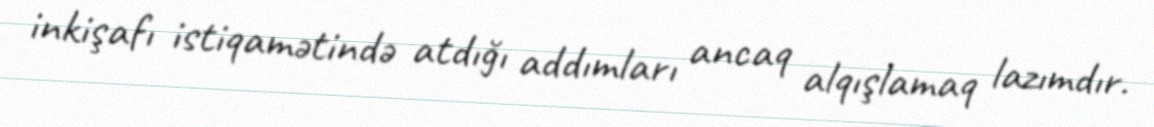
inkişafı istiqamətində atdığı addımları ancaq alqışlamaq lazımdır.